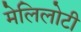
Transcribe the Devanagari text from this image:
मेलिलोटी